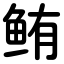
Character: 鲔